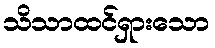
သိသာထင်ရှားသော